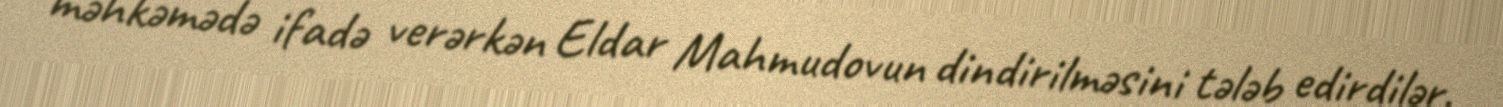
məhkəmədə ifadə verərkən Eldar Mahmudovun dindirilməsini tələb edirdilər.